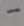
Text: -